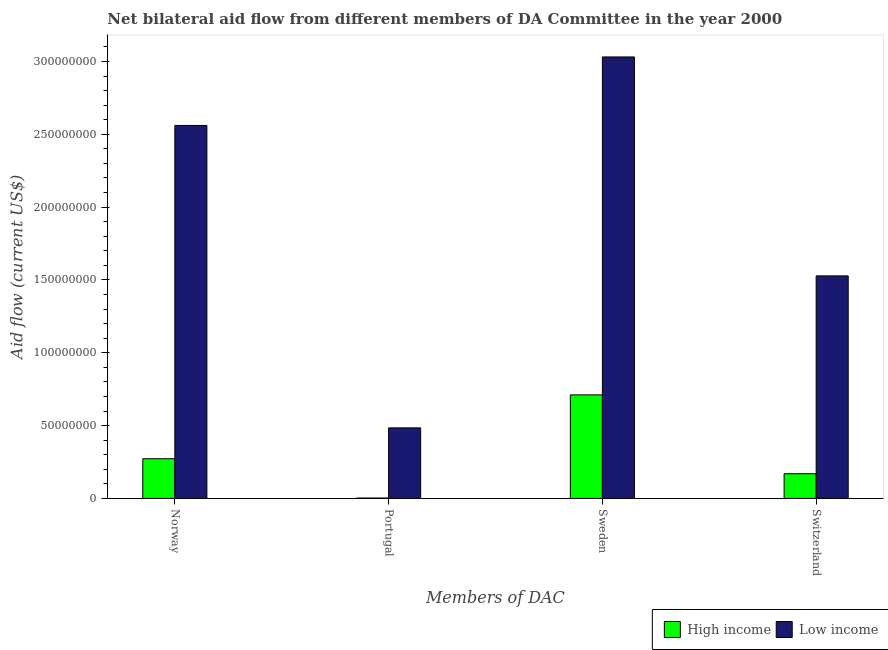
| Members of DAC | High income | Low income |
 | --- | --- | --- |
 | Norway | 2.73e+07 | 2.56e+08 |
 | Portugal | 2.8e+05 | 4.84e+07 |
 | Sweden | 7.11e+07 | 3.03e+08 |
 | Switzerland | 1.7e+07 | 1.53e+08 |